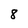
Character: 8